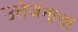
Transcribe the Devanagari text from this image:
उत्तेजनाचा